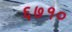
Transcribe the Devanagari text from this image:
६७१०